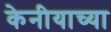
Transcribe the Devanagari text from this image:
केनीयाच्या